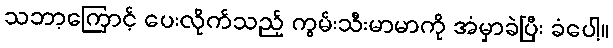
သဘာ့ကြောင့် ပေးလိုက်သည့် ကွမ်းသီးမာမာကို အံမှာခဲပြီး ခံပေါ့။